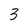
Character: 3